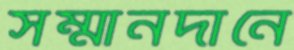
সম্মানদানে